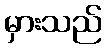
မှားသည်